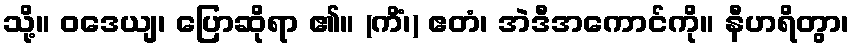
သို့။ ဝဒေယျ၊ ပြောဆိုရာ ၏။ (ကိံ၊) ဧတံ၊ အဲဒီအကောင်ကို။ နီဟရိတွာ၊